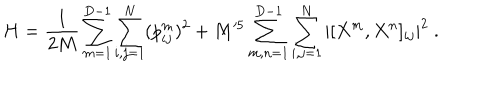
H = \frac { 1 } { 2 M } \sum _ { m = 1 } ^ { D - 1 } \sum _ { i , j = 1 } ^ { N } ( p _ { i j } ^ { m } ) ^ { 2 } + M ^ { 5 } \sum _ { m , n = 1 } ^ { D - 1 } \sum _ { i , j = 1 } ^ { N } | [ X ^ { m } , X ^ { n } ] _ { i j } | ^ { 2 } \ .